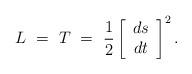
LaTeX: \begin{align*}L\ =\ T\ =\ \frac12\left[\begin{array}{c} ds\\ dt \end{array}\right]^2.\end{align*}